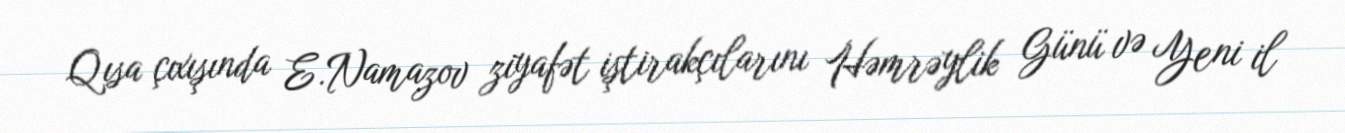
Qısa çıxışında E.Namazov ziyafət iştirakçılarını Həmrəylik Günü və Yeni il